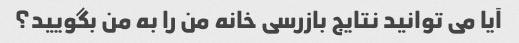
آیا می توانید نتایج بازرسی خانه من را به من بگویید؟